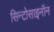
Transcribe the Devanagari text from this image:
सिन्टोसाइनॉन